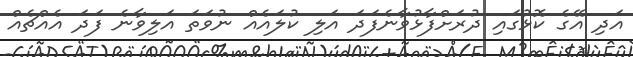
އަދި އޭގެ ކޮޅުގައި ދުރަށްފާޅުވާނެފަދަ އަލި ކުލައެއް ނުވަތަ އަލިވާނެ ފަދަ އެއްޗެއް